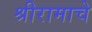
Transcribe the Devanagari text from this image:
श्रीरामाचे